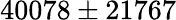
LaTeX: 40078\pm 21767